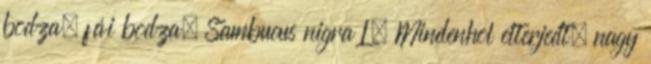
bodza, fái bodza. Sambucus nigra L. Mindenhol elterjedt, nagy